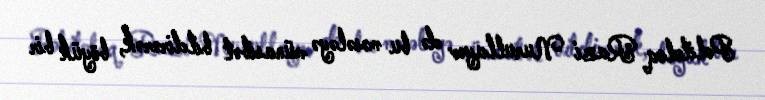
Politoloq Razi Nurullayev də bu məsələyə münasibət bildirərək, böyük bir